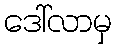
ဒေါ်လာမှ